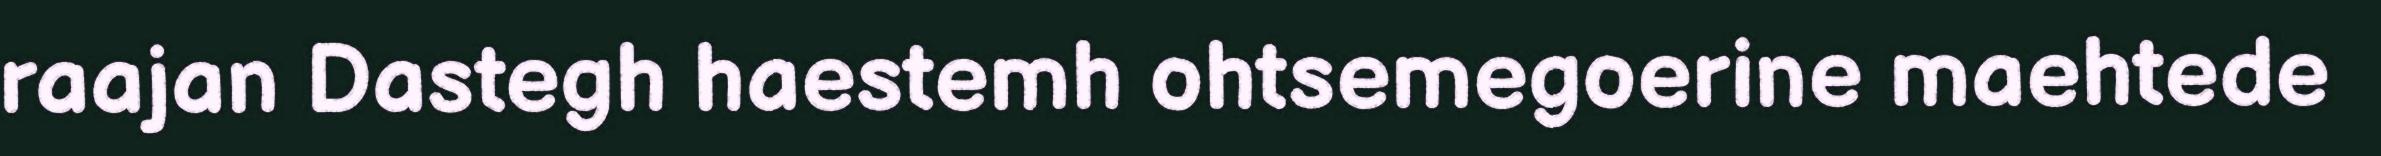
raajan Dastegh haestemh ohtsemegoerine maehtede